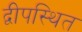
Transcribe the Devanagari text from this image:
द्वीपस्थित